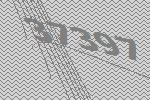
37397